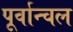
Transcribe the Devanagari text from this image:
पूर्वान्चल